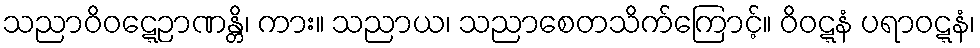
သညာဝိဝဋ္ဋေဉာဏန္တိ၊ ကား။ သညာယ၊ သညာစေတသိက်ကြောင့်။ ဝိဝဋ္ဋနံ ပရာဝဋ္ဋနံ၊